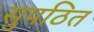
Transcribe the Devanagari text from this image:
सुपठित